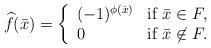
LaTeX: \begin{align*}\widehat f(\bar x) = \left\{\begin{array}{ll}(-1)^{\phi(\bar x)} & \mbox{if }\bar x\in F, \\0 & \mbox{if }\bar x \not\in F.\end{array}\right.\end{align*}